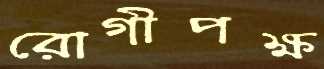
রোগীপক্ষ